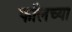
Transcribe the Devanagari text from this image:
फॉलच्या